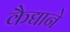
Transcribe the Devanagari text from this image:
कैद्याने